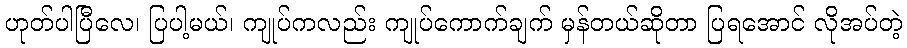
ဟုတ်ပါပြီလေ၊ ပြပါ့မယ်၊ ကျုပ်ကလည်း ကျုပ်ကောက်ချက် မှန်တယ်ဆိုတာ ပြရအောင် လိုအပ်တဲ့